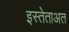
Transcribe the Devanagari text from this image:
इस्तेताअत